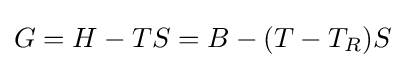
G=H-TS=B-(T-T_{R})S